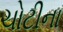
ચોટીના